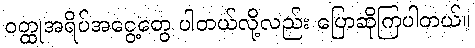
ဝတ္ထုအရိပ်အငွေ့တွေ ပါတယ်လို့လည်း ပြောဆိုကြပါတယ်။